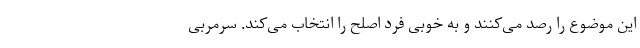
این موضوع را رصد می‌کنند و به خوبی فرد اصلح را انتخاب می‌کند. سرمربی